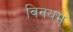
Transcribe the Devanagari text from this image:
विनयम्